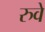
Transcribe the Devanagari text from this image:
रुवे